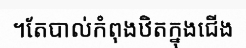
។តែបាល់កំពុងឋិតក្នុងជើង